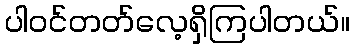
ပါဝင်တတ်လေ့ရှိကြပါတယ်။